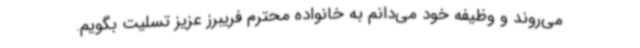
می‌روند و وظیفه خود می‌دانم به خانواده محترم فریبرز عزیز تسلیت بگویم.